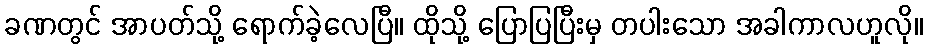
ခဏတွင် အာပတ်သို့ ရောက်ခဲ့လေပြီ။ ထိုသို့ ပြောပြပြီးမှ တပါးသော အခါကာလဟူလို။